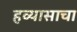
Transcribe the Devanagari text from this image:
हव्यासाचा